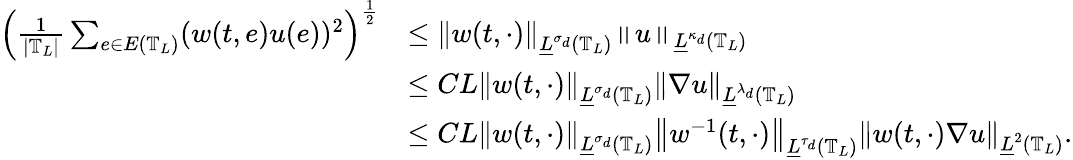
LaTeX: \begin{array}{rl}{\left(\frac{1}{\left|\mathbb{T}_{L}\right|}\sum_{e\in E\left(\mathbb{T}_{L}\right)}(w(t,e)u(e))^{2}\right)^{\frac 12}}&{\leq\left\| w(t,\cdot)\right\| _{\underline{{L}}^{\sigma_{d}}\left(\mathbb{T}_{L}\right)}\left\| u\right\| _{\underline{{L}}^{\kappa_{d}}\left(\mathbb{T}_{L}\right)}}\\ &{\leq CL\left\| w(t,\cdot)\right\| _{\underline{{L}}^{\sigma_{d}}\left(\mathbb{T}_{L}\right)}\left\| \nabla u\right\| _{\underline{{L}}^{\lambda_{d}}\left(\mathbb{T}_{L}\right)}}\\ &{\leq CL\left\| w(t,\cdot)\right\| _{\underline{{L}}^{\sigma_{d}}\left(\mathbb{T}_{L}\right)}\left\| w^{-1}(t,\cdot)\right\| _{\underline{{L}}^{\tau_{d}}\left(\mathbb{T}_{L}\right)}\left\| w(t,\cdot)\nabla u\right\| _{\underline{{L}}^{2}\left(\mathbb{T}_{L}\right)}.}\end{array}